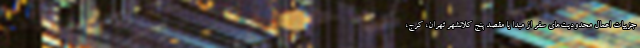
جزییات اعمال محدودیت‌های سفر از مبدا یا مقصد پنج کلانشهر تهران، کرج،